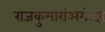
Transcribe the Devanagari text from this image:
राजकुमारांअगोदर